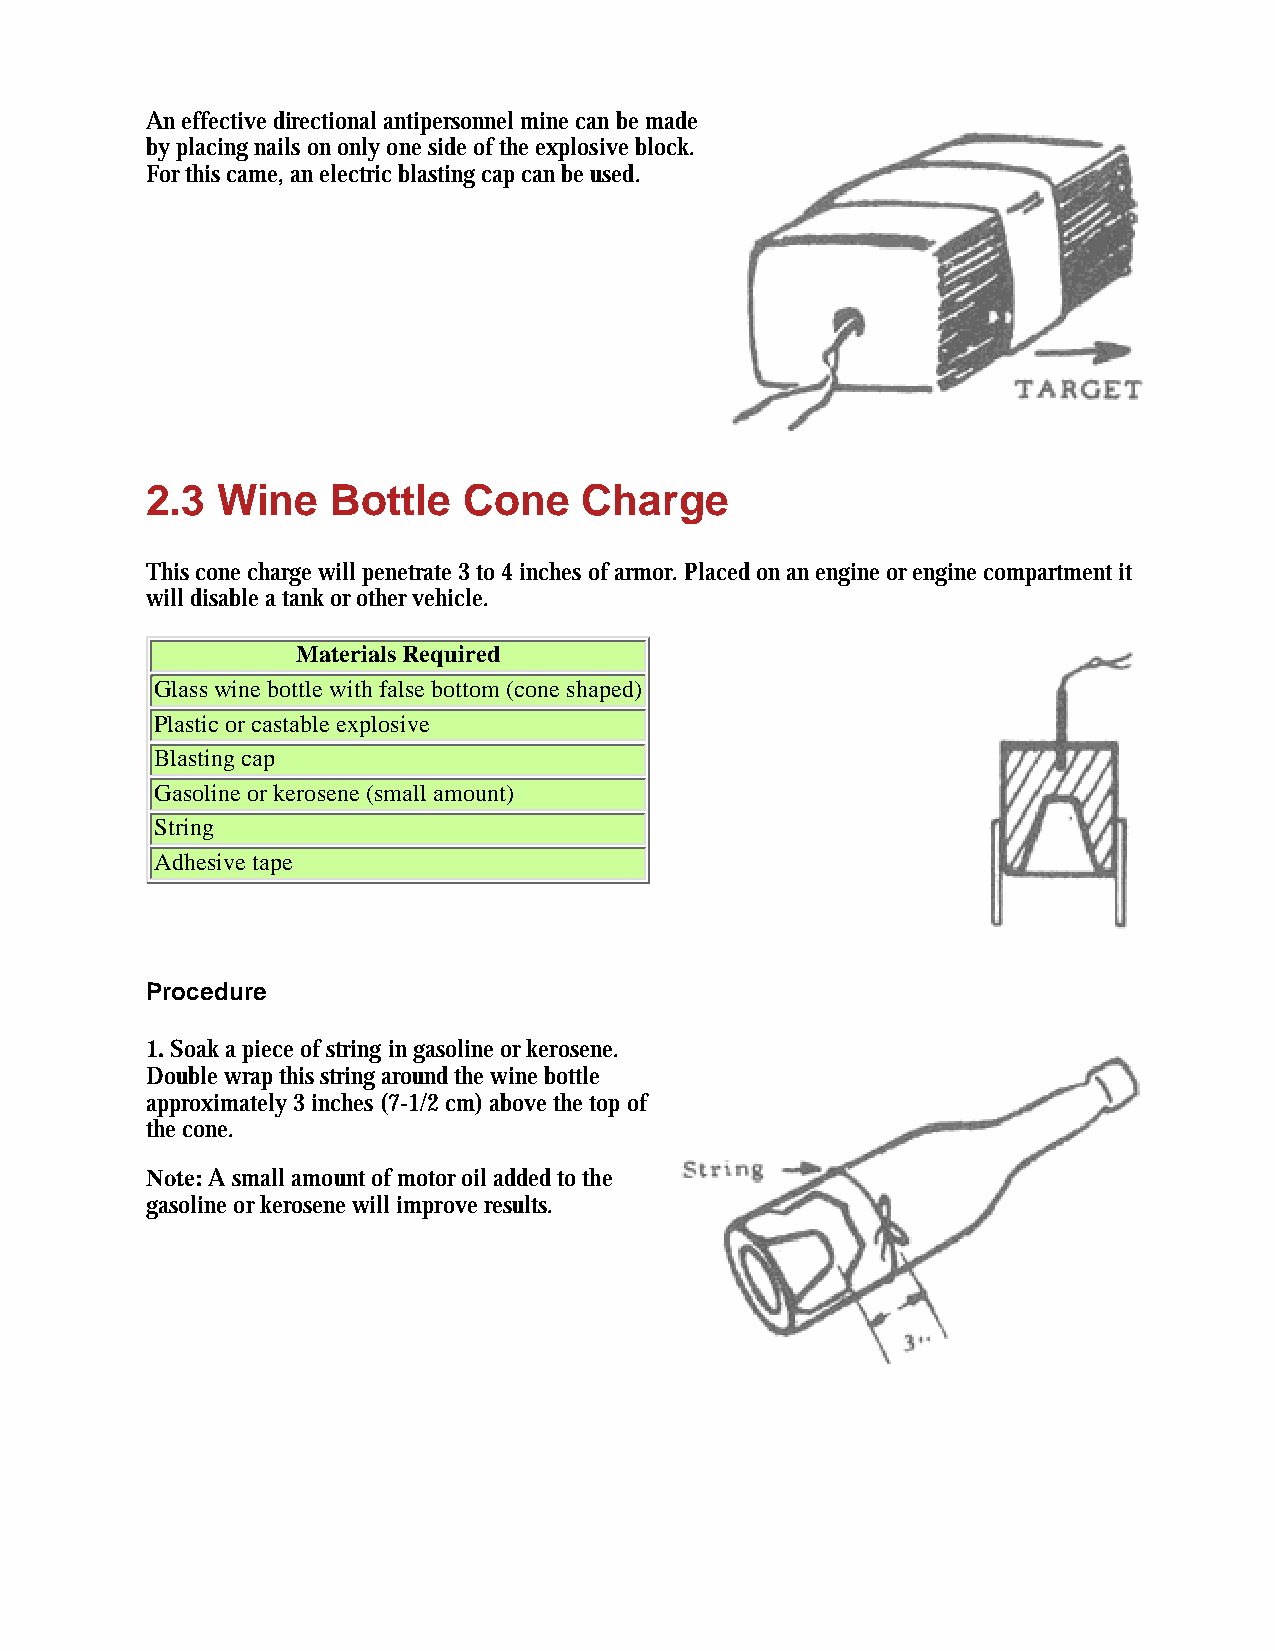
An effective directional antipersonnel mine can be made
 by placing nails on only one side of the explosive block.
 For this came, an electric blasting cap can be used.
 2.3 Wine    Bottle   Cone    Charge
 This cone charge will penetrate 3 to 4 inches of armor. Placed on an engine or engine compartment it
 will disable a tank or other vehicle.
 Materials Required
 Glass wine bottle with false bottom (cone shaped)
 Plastic or castable explosive
 Blasting cap
 Gasoline or kerosene (small amount)
 String
 Adhesive tape
 Procedure
 1. Soak a piece of string in gasoline or kerosene.
 Double wrap this string around the wine bottle
 approximately 3 inches (7-1/2 cm) above the top of
 the cone.
 Note: A small amount of motor oil added to the
 gasoline or kerosene will improve results.